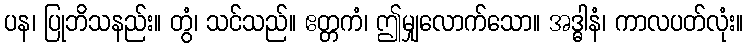
ပန၊ ပြုဘိသနည်း။ တွံ၊ သင်သည်။ ဧတ္တကံ၊ ဤမျှလောက်သော။ အဒ္ဓါနံ၊ ကာလပတ်လုံး။